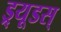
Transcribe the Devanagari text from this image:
ड्र्यूडस्